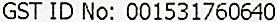
GST ID NO: 001531760640